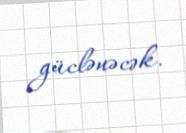
güclənəcək.